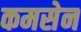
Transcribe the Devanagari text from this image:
कमसेन